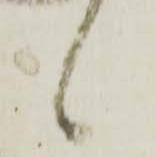
候